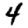
Digit: 4